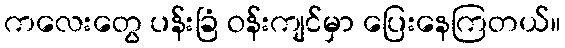
ကလေးတွေ ပန်းခြံ ဝန်းကျင်မှာ ပြေးနေကြတယ်။